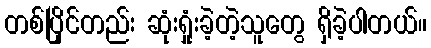
တစ်ပြိုင်တည်း ဆုံးရှုံးခဲ့တဲ့သူတွေ ရှိခဲ့ပါတယ်။